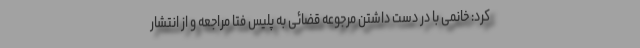
کرد: خانمی با در دست داشتن مرجوعه قضائی به پلیس فتا مراجعه و از انتشار